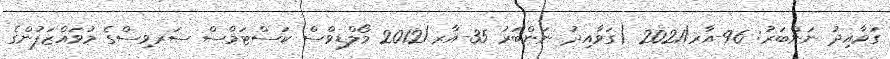
ގަވާއިދު ނަންބަރު: 96-އާރ/2021 (ގަވާއިދު ނަންބަރު 35-އާރ/2012 މޯލްޑިވްސް ކަސްޓަމްސް ސަރވިސްގެ މުވައްޒަފުންގެ